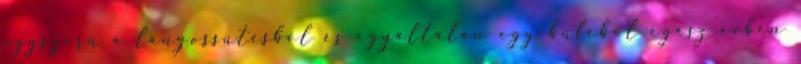
egyszerű a lángossütésből és egyáltalán egy büféből egész évben